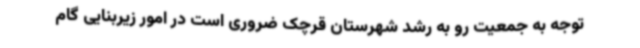
توجه به جمعیت رو به رشد شهرستان قرچک ضروری است در امور زیربنایی گام